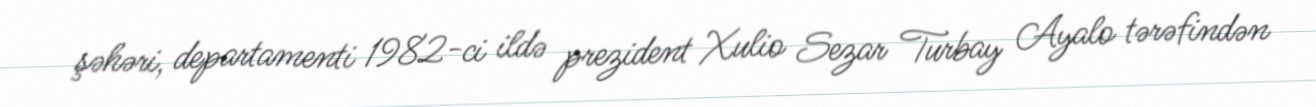
şəhəri, departamenti 1982-ci ildə prezident Xulio Sezar Turbay Ayalo tərəfindən